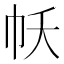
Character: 𢁱